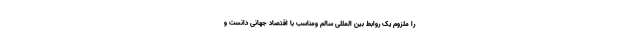
را ملزوم یک روابط بین المللی سالم ومناسب با اقتصاد جهانی دانست و